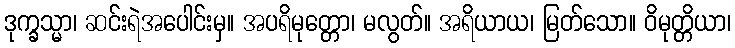
ဒုက္ခသ္မာ၊ ဆင်းရဲအပေါင်းမှ။ အပရိမုတ္တော၊ မလွတ်။ အရိယာယ၊ မြတ်သော။ ဝိမုတ္တိယာ၊